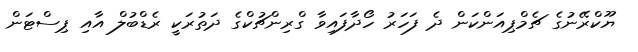
ޔޫކްރޭނުގެ ޗެމްޕިއަންކަން ދެ ފަހަރު ހޯދާފައިވާ ގްރިންޗުކްގެ ދަތުރަކީ ރެޑްބުލް އާއި ޕިސްޓަން